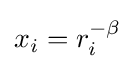
x_{i}=r_{i}^{-\beta }